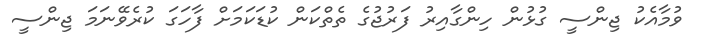
ވުމާއެކު ޖިންސީ ގުޅުން ހިންގާއިރު ފަރުޖުގެ ތެތްކަން ކުޑަކަމަށް ފާހަގަ ކުރެވޭނަމަ ޖިންސީ